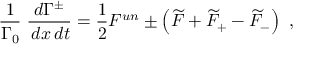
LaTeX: { \frac { 1 } { \Gamma _ { 0 } } } \; { \frac { d \Gamma ^ { \pm } } { \, d x \, d t } } = { \frac { 1 } { 2 } } F ^ { u n } \pm \left( \widetilde { F } + \widetilde { F } _ { + } - \widetilde { F } _ { - } \right) \ ,